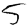
Digit: 5